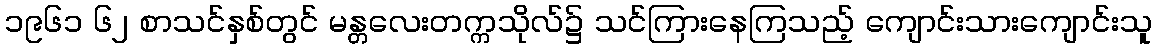
၁၉၆၁ ၆၂ စာသင်နှစ်တွင် မန္တလေးတက္ကသိုလ်၌ သင်ကြားနေကြသည့် ကျောင်းသားကျောင်းသူ